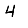
Digit: 4